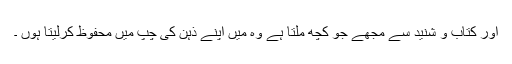
اور کتاب و شنید سے مجھے جو کچھ ملتا ہے وہ میں اپنے ذہن کی چِپ میں محفوظ کرلیتا ہوں ۔